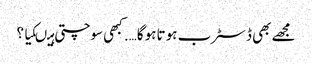
مجھے بھی ڈسٹرب ہو تاہو گا…. کبھی سوچتی ہیںکیا ؟